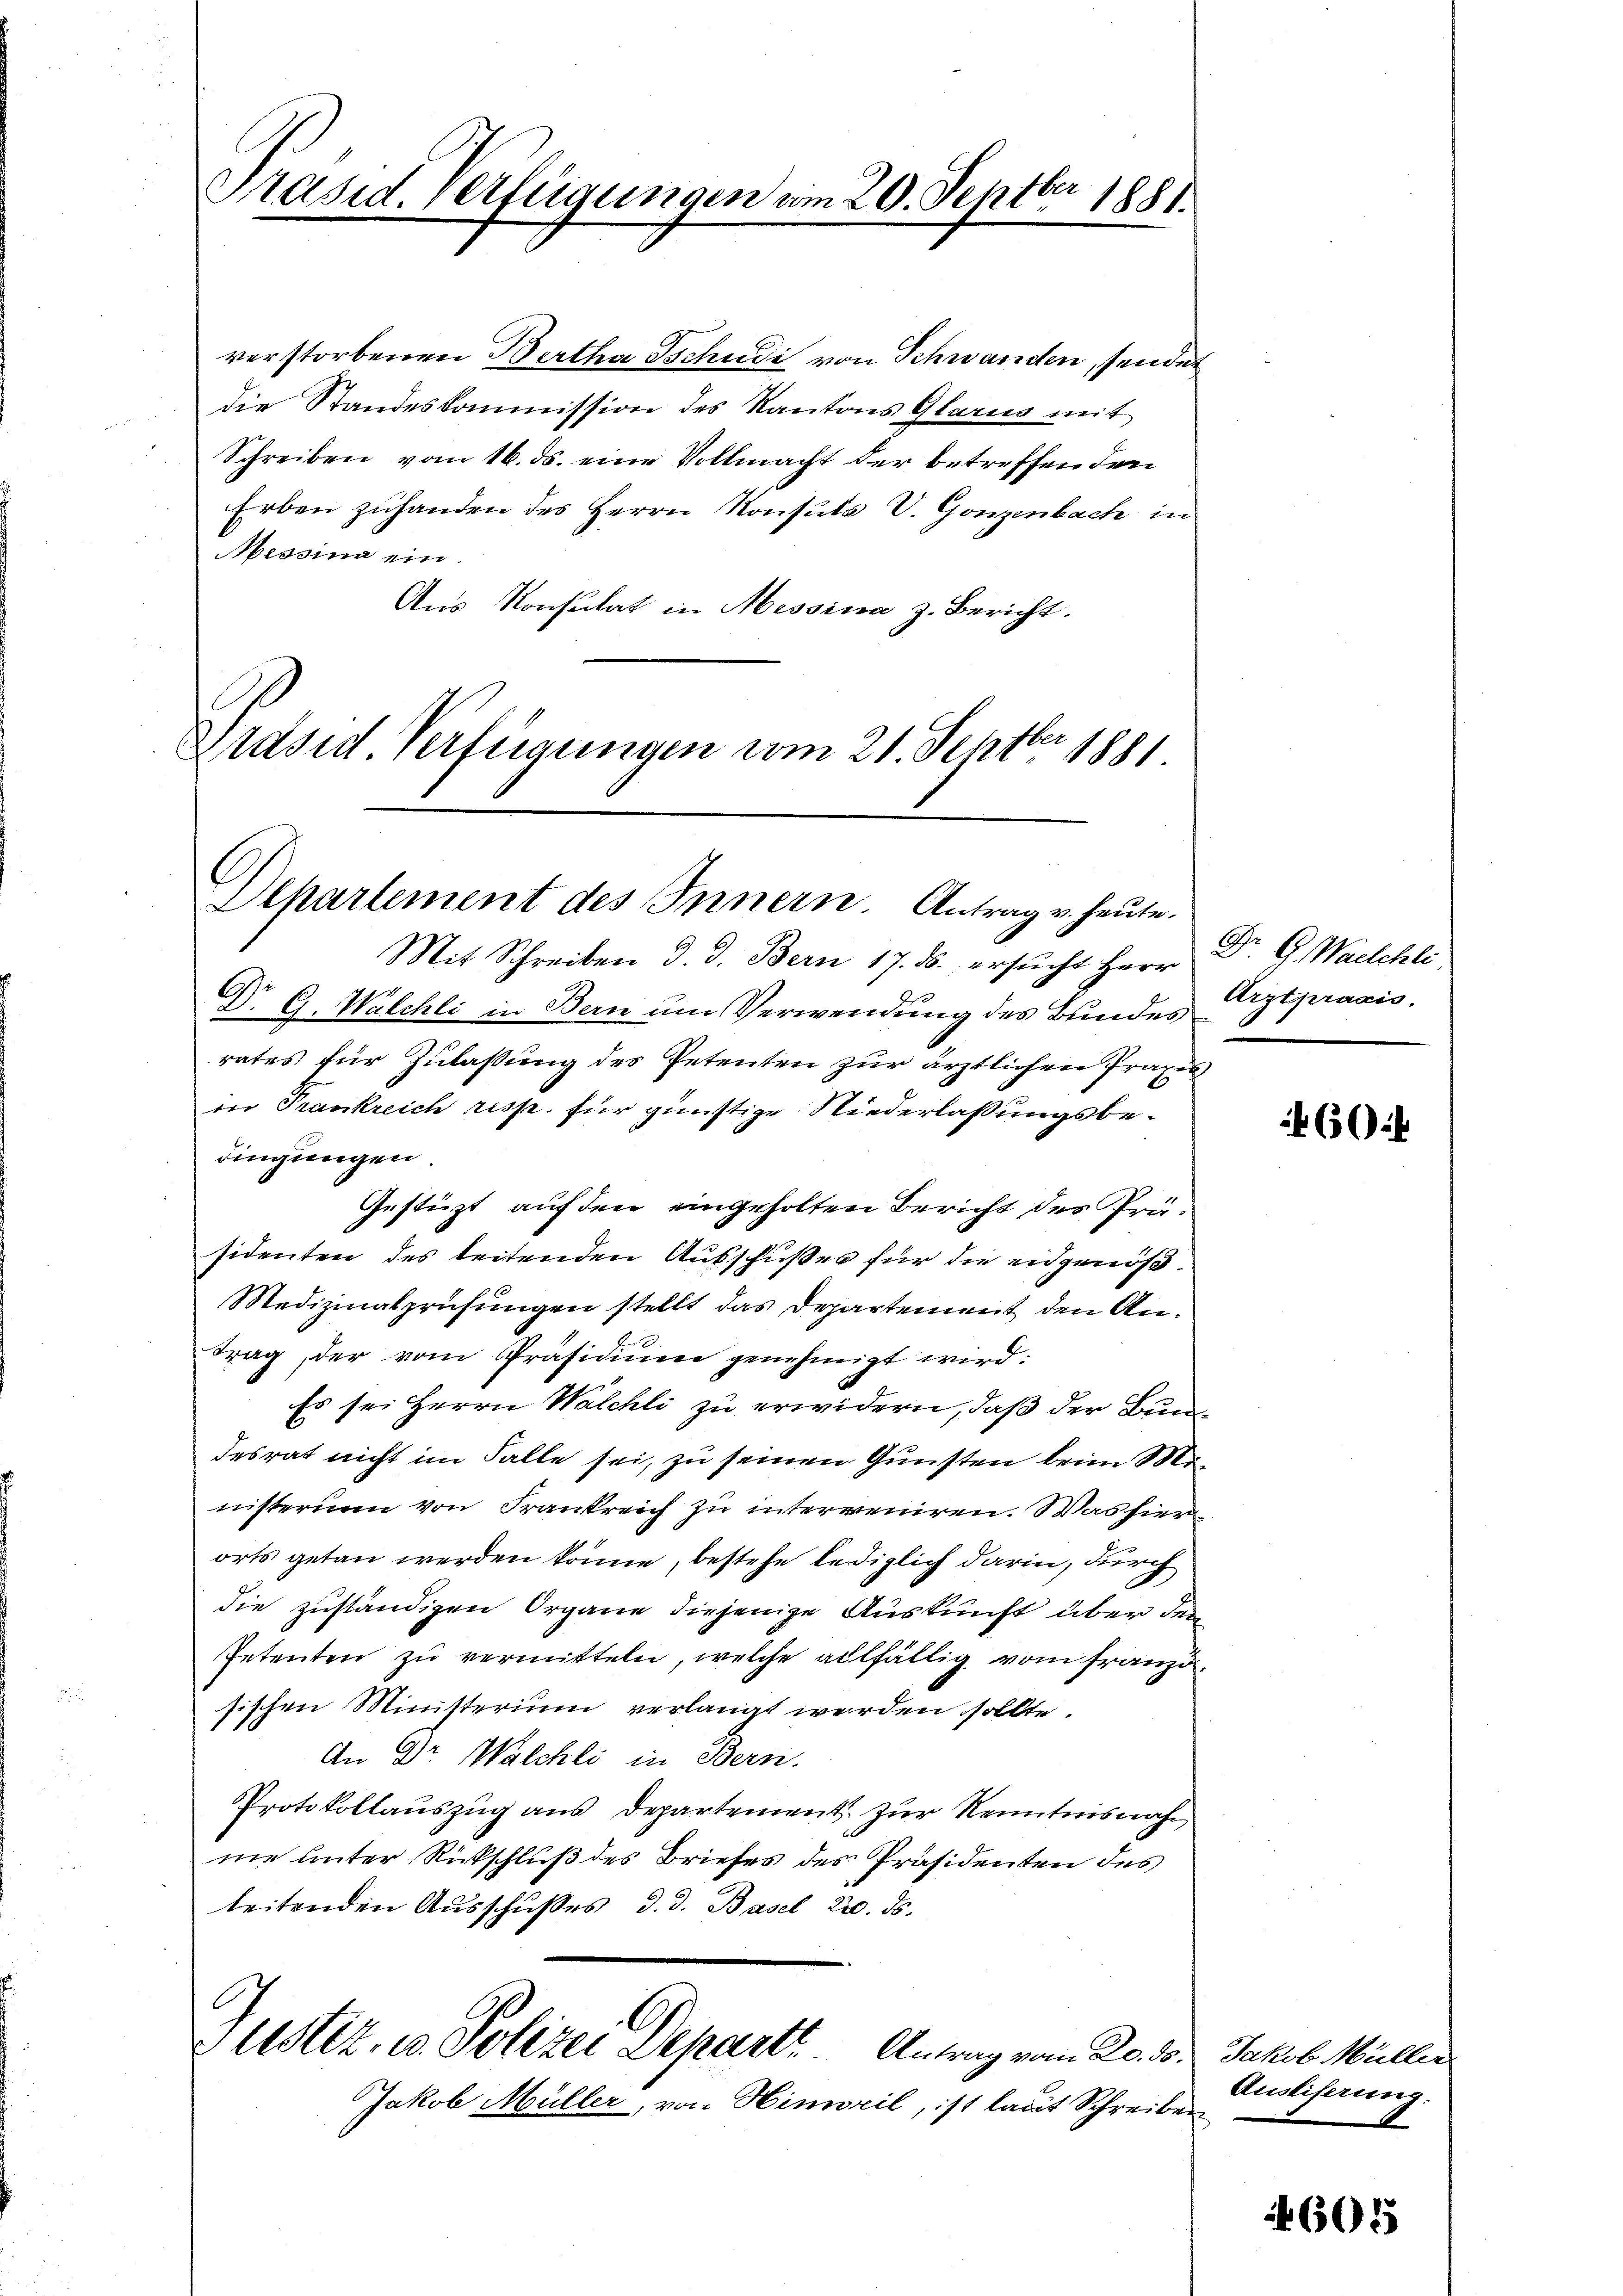
Päsid. Verfeigungen am 20. Septbr 1881.

verstorbenen Bertha Tschudi von Schwanden, sendet
die Standeskommission des Kantons Glarus mit
Schreiben vom 16. ds. eine Vollmacht der betreffenden
Erben zuhanden des Herrn Konsuls V. Gonzenbach in
Messina ein.
Aus Konsulat in Messina z. Bericht.
Präsid. Verfügungen vom 21. Septbr 1881

Departement des Innern. Antrag v. heute.

Mit Schreiben d. d. Bern 17. ds. ersŭcht Herr Dr. G. Walchli
Dr G. Walchli in Bern um Verwendung des Bundes
rates für Zulassung des Petenten zur ärztlichen Praxis
in Frankreich resp. für günstige Niederlaßungsbedingungen
Gestüzt, auf den eingeholten Bericht des Prüsidenten des leitenden Ausschußes für die eidgenöß¬
Medizinalprüfungen stellt das Departement den Antrag, der vom Präsidiŭm genehmigt wird:
Es sei Herrn Walchli zu erwidern, daß der Bundesrat nicht im Falle sei, zu seinen Gunsten beim Ministerium von Frankreich zu interreiren. Was hier
orts getan werden könne, bestehe lediglich darin, durch
die zuständigen Organe diejenige Auskunft über den
Petenten zŭ vermitteln, welche allfällig vom Französischen Ministerium verlangt werden sollte.
An Dr Walchli in Bern.
Protokollauszug aus Departement zur Kenntnisnah
ne unter Rückschluß des Briefes des Präsidenten des
leitenden Ausschußes, d. d. Basel 220. ds.
Justiz, u. Polizei Departt. Antrag vom 20. ds. Jakob Müllir
Jakob Müller, von Hinweil, ist laut Schreiben

Arztpraxis.

460

Ausliferung.

605